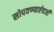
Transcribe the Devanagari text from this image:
सोपवण्याऐवजी